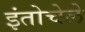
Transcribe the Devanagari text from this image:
इंतोचेले